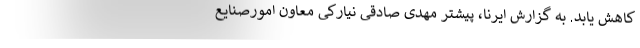
کاهش یابد. به گزارش ایرنا، پیشتر مهدی صادقی ‌نیارکی معاون امورصنایع